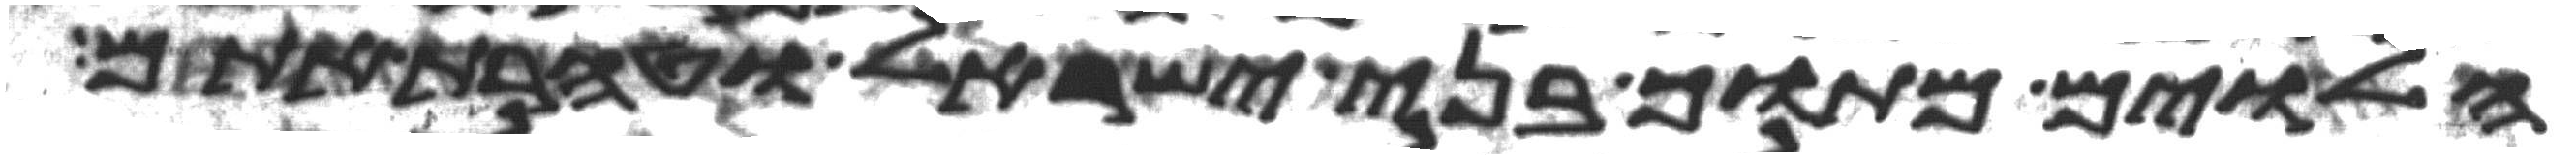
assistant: הלוים מתוך בני ישראל וטהרת אתם